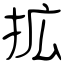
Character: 拡